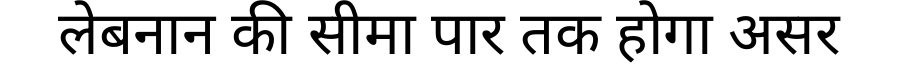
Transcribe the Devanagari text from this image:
लेबनान की सीमा पार तक होगा असर